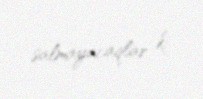
salmayacaqlar ki.